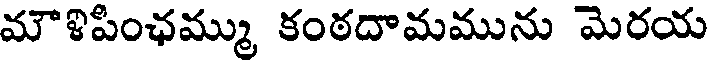
మౌళిపింఛమ్ము కంఠదామమును మెరయ